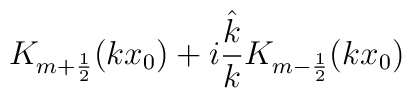
K_{m+\frac 12}(kx_0)+i\frac{\hat k}{k}K_{m-\frac 12}(kx_0)